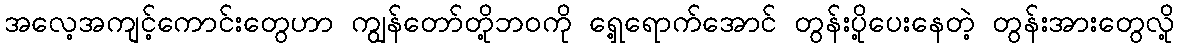
အလေ့အကျင့်ကောင်းတွေဟာ ကျွန်တော်တို့ဘဝကို ရှေ့ရောက်အောင် တွန်းပို့ပေးနေတဲ့ တွန်းအားတွေလို့